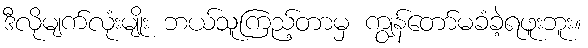
ဒီလိုမျက်လုံးမျိုး ဘယ်သူကြည့်တာမှ ကျွန်တော်မခံခဲ့ရဖူးဘူး။